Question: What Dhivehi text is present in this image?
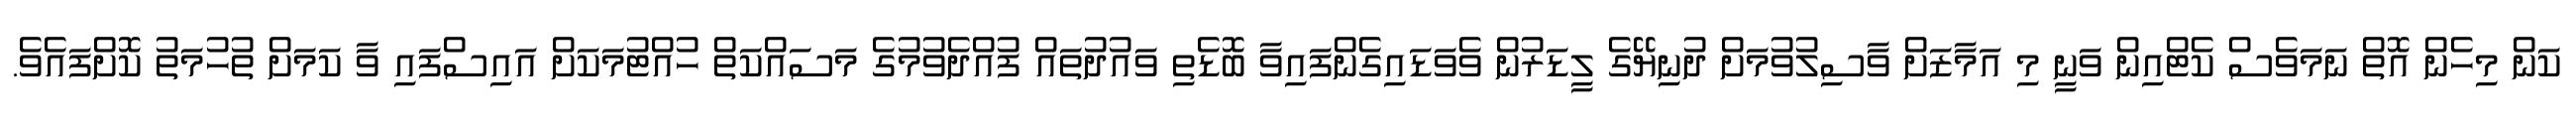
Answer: ކަން މިހެން އޮތް ނަމަވެސް ކެޓްއިން ވަނީ މި އަމާޒަށް ވާސިލުވުމަށް ދުނިޔޭގެ ލީޑަރުން ވެވަޑައިގެންފައިވާ ބޮޑެތި ވައުދުތައް ފުއްދެވުމުގެ މަސައްކަތް ހުއްޓުމަކަށް އައިސްފައި ވާ ކަމަށް ތުހުމަތު ކޮށްފައެވެ.